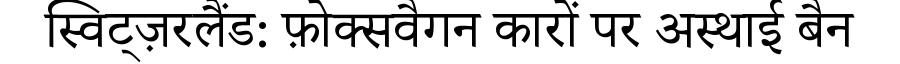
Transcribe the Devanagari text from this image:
स्विट्ज़रलैंड: फ़ोक्सवैगन कारों पर अस्थाई बैन